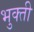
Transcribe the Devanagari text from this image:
भुक्ती